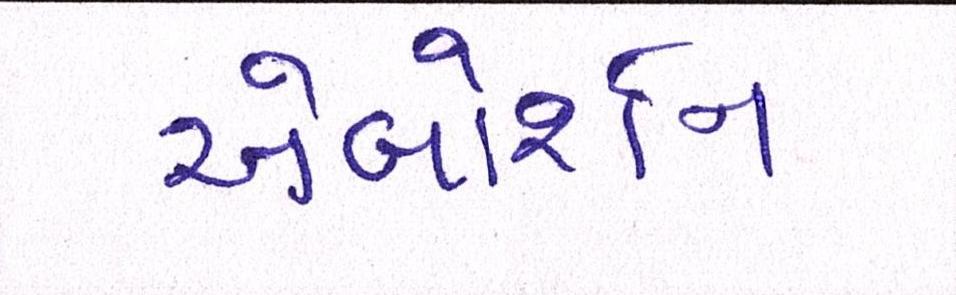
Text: એબોર્શન